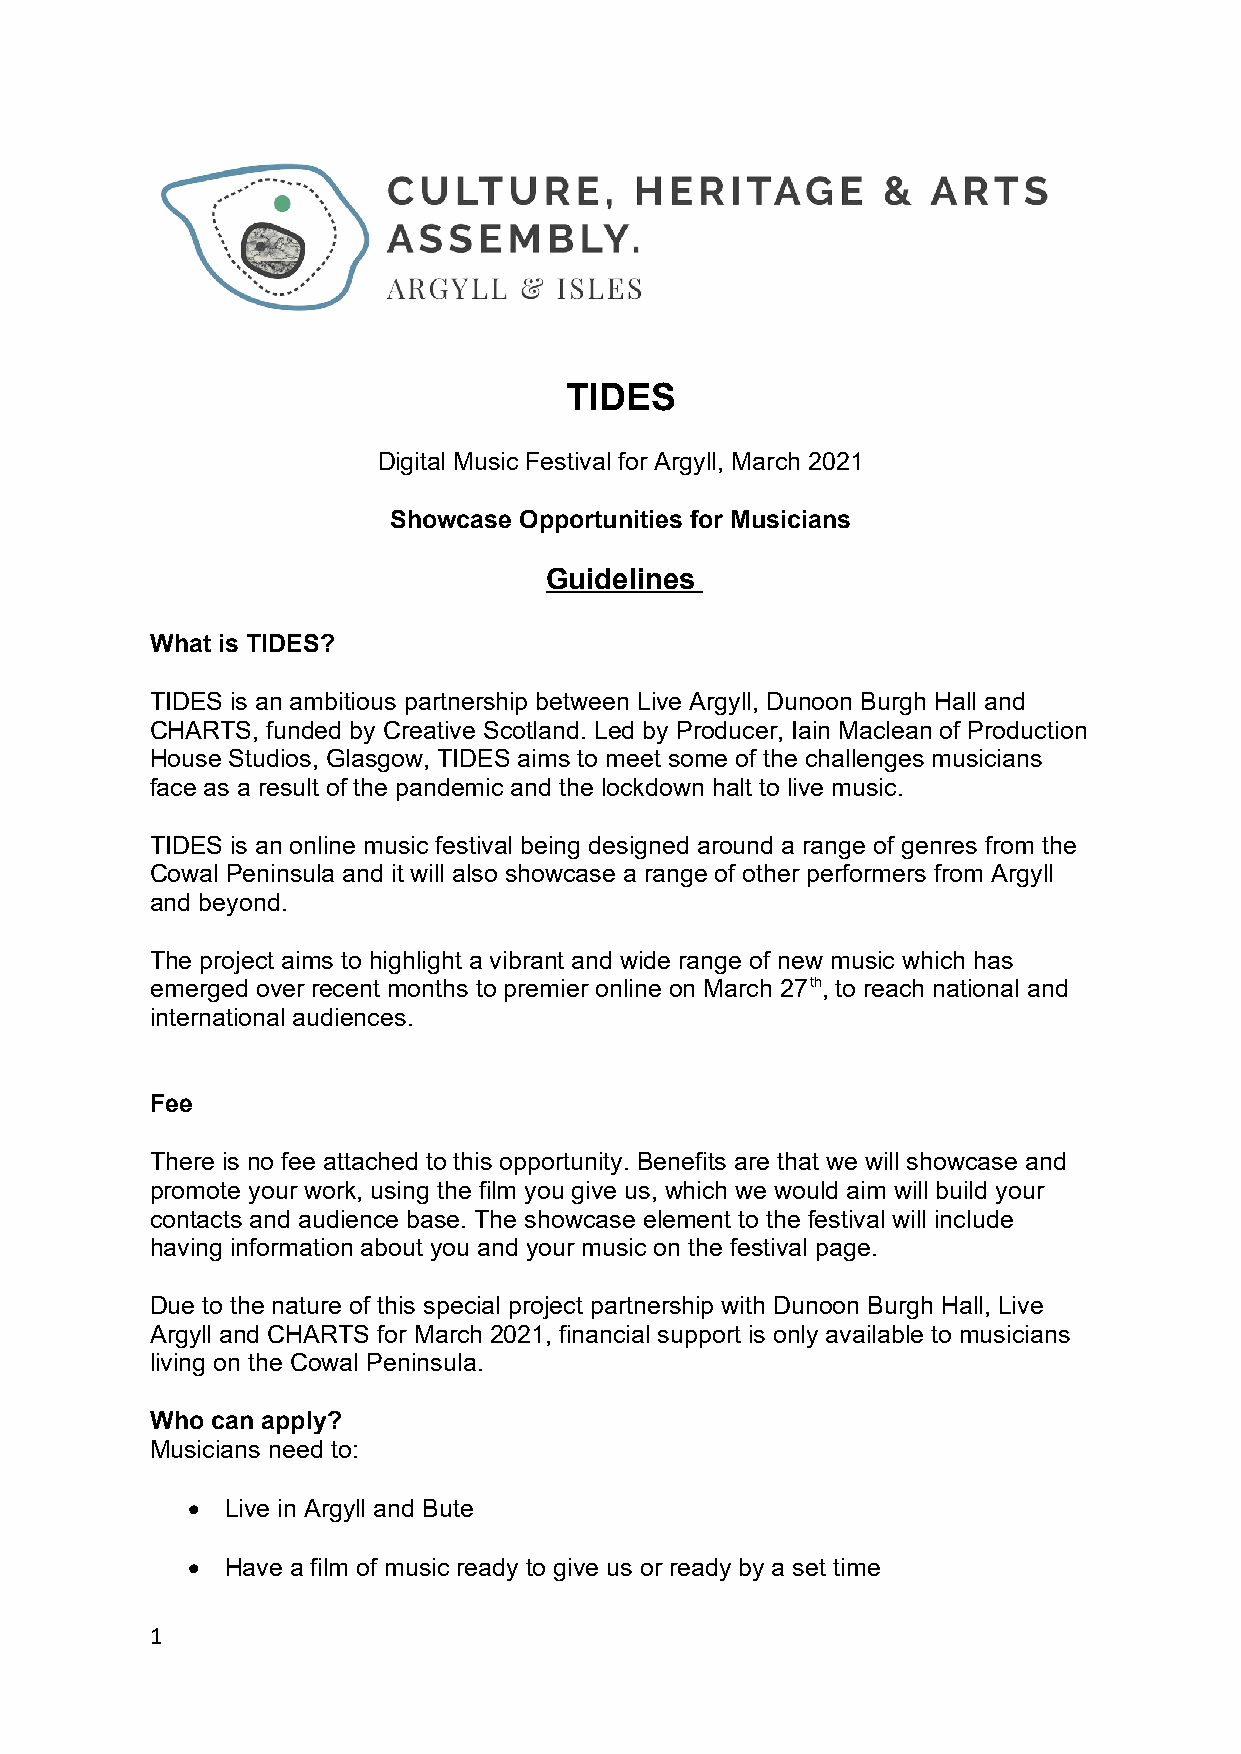
TIDES
 Digital Music Festival for Argyll, March 2021
 Showcase Opportunities for Musicians
 Guidelines
 What is TIDES?
 TIDES is an ambitious partnership between Live Argyll, Dunoon Burgh Hall and
 CHARTS, funded by Creative Scotland. Led by Producer, Iain Maclean of Production
 House Studios, Glasgow, TIDES aims to meet some of the challenges musicians
 face as a result of the pandemic and the lockdown halt to live music.
 TIDES is an online music festival being designed around a range of genres from the
 Cowal Peninsula and it will also showcase a range of other performers from Argyll
 and beyond.
 The project aims to highlight a vibrant and wide range of new music which has
 emerged over recent months to premier online on March 27th, to reach national and
 international audiences.
 Fee
 There is no fee attached to this opportunity. Benefits are that we will showcase and
 promote your work, using the film you give us, which we would aim will build your
 contacts and audience base. The showcase element to the festival will include
 having information about you and your music on the festival page.
 Due to the nature of this special project partnership with Dunoon Burgh Hall, Live
 Argyll and CHARTS for March 2021, financial support is only available to musicians
 living on the Cowal Peninsula.
 Who can apply?
 Musicians need to:
   Live in Argyll and Bute
   Have a film of music ready to give us or ready by a set time
 1